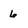
Character: 6